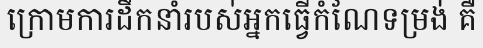
ក្រោមការដឹកនាំរបស់អ្នកធ្វើកំណែទម្រង់ គឺ